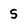
Character: S